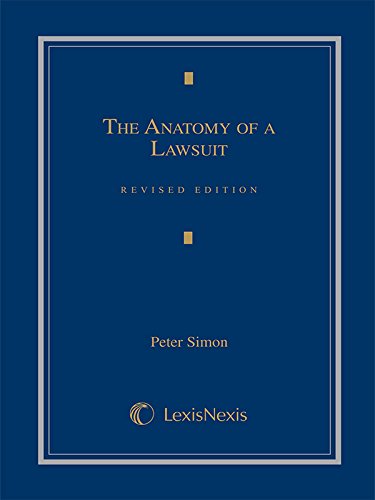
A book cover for The Anatomy of a Lawsuit; Peter N. Simon; Law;